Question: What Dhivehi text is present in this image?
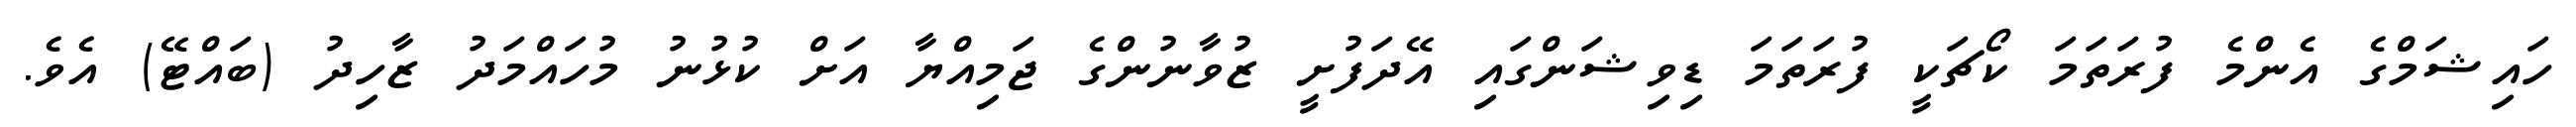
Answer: ހައިޝަމްގެ އެންމެ ފުރަތަމަ ކޯޗަކީ ފުރަތަމަ ޑިވިޝަންގައި އޭދަފުށީ ޒުވާނުންގެ ޖަމިއްޔާ އަށް ކުޅުނު މުހައްމަދު ޒާހިދު (ބައްޓޭ) އެވެ.